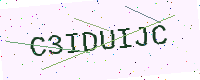
Text: C3IDUIJC